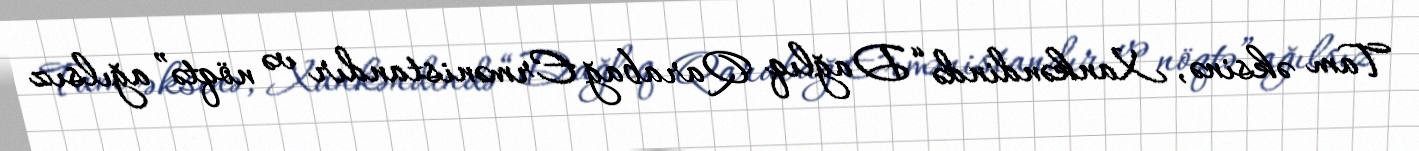
Tam əksinə, Xankəndində “Dağlıq Qarabağ Ermənistandır və nöqtə” ağılsız